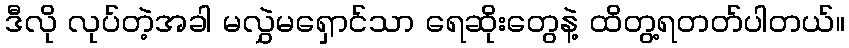
ဒီလို လုပ်တဲ့အခါ မလွှဲမရှောင်သာ ရေဆိုးတွေနဲ့ ထိတွ့ရတတ်ပါတယ်။